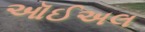
ઑઈઅલ